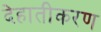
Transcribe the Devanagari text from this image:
देहातीकरण